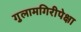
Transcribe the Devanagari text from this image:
गुलामगिरीपेक्षा